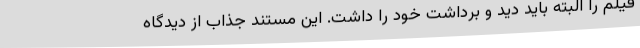
فیلم را البته باید دید و برداشت خود را داشت. این مستند جذاب از دیدگاه